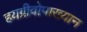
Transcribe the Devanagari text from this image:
हयग्रीवोपाख्यान